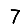
Digit: 7